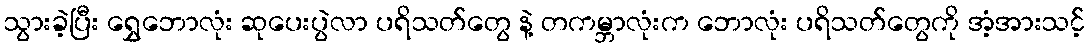
သွားခဲ့ပြီး ရွှေဘောလုံး ဆုပေးပွဲလာ ပရိသတ်တွေ နဲ့ တကမ္ဘာလုံးက ဘောလုံး ပရိသတ်တွေကို အံ့အားသင့်